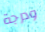
ودرجة